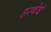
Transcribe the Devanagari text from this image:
हरबोई